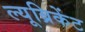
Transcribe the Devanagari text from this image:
ल्यूब्रिकेंट